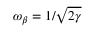
\omega _ { \beta } = 1 / \sqrt { 2 \gamma }